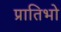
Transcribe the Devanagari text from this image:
प्रातिभो